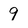
Character: 9